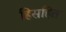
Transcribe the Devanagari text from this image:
हिसहित